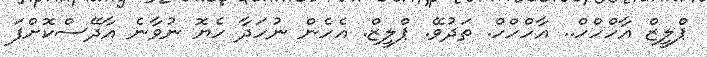
ޕްލީޒް އާހްހްހް.. އާހްހްހް. ތަދުވޭ. ޕްލީޒް. އެހެން ނުހަދާ ހެޔޮ ނުވާނެ އާދޭސްކޮށްފަ